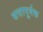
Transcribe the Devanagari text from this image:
सत्तापूर्वक